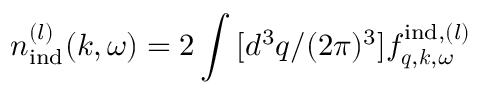
n _ { \mathrm { i n d } } ^ { ( l ) } ( \boldsymbol { k } , \omega ) = 2 \int \, [ d ^ { 3 } q / ( 2 \pi ) ^ { 3 } ] f _ { \boldsymbol { q } , \boldsymbol { k } , \omega } ^ { \mathrm { i n d } , ( l ) }